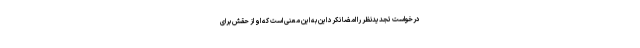
درخواست تجدیدنظر را امضا نکرد این به این معنی است که او از حقش برای